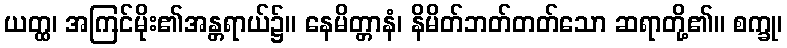
ယတ္ထ၊ အကြင်မိုး၏အန္တရာယ်၌။ နေမိတ္တာနံ၊ နိမိတ်ဘတ်တတ်သော ဆရာတို့၏။ စက္ခု၊